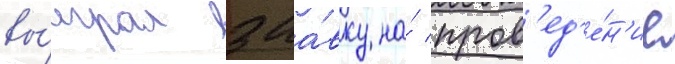
вы́играл заа́вку на́ пров'ед'е́н'ие